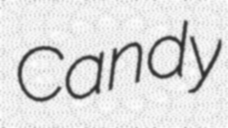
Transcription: Candy